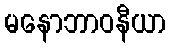
မနောဘာဝနီယာ